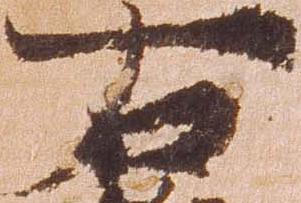
右